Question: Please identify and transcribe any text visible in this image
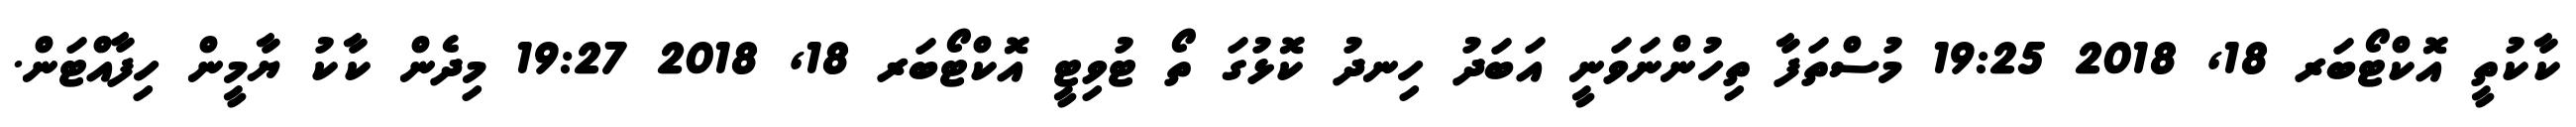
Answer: ކާކުތީ އޮކްޓޯބަރ 18, 2018 19:25 މުސްތަފާ ތިހުންނަވަނީ އަބަދު ހިނދު ކޮޅުގަ ތޯ ޓުވިޓީ އޮކްޓޯބަރ 18, 2018 19:27 މިދެން ކާކު ޔާމީން ހިފާއްޓަން.